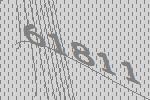
61811